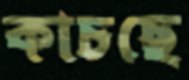
কাচছে